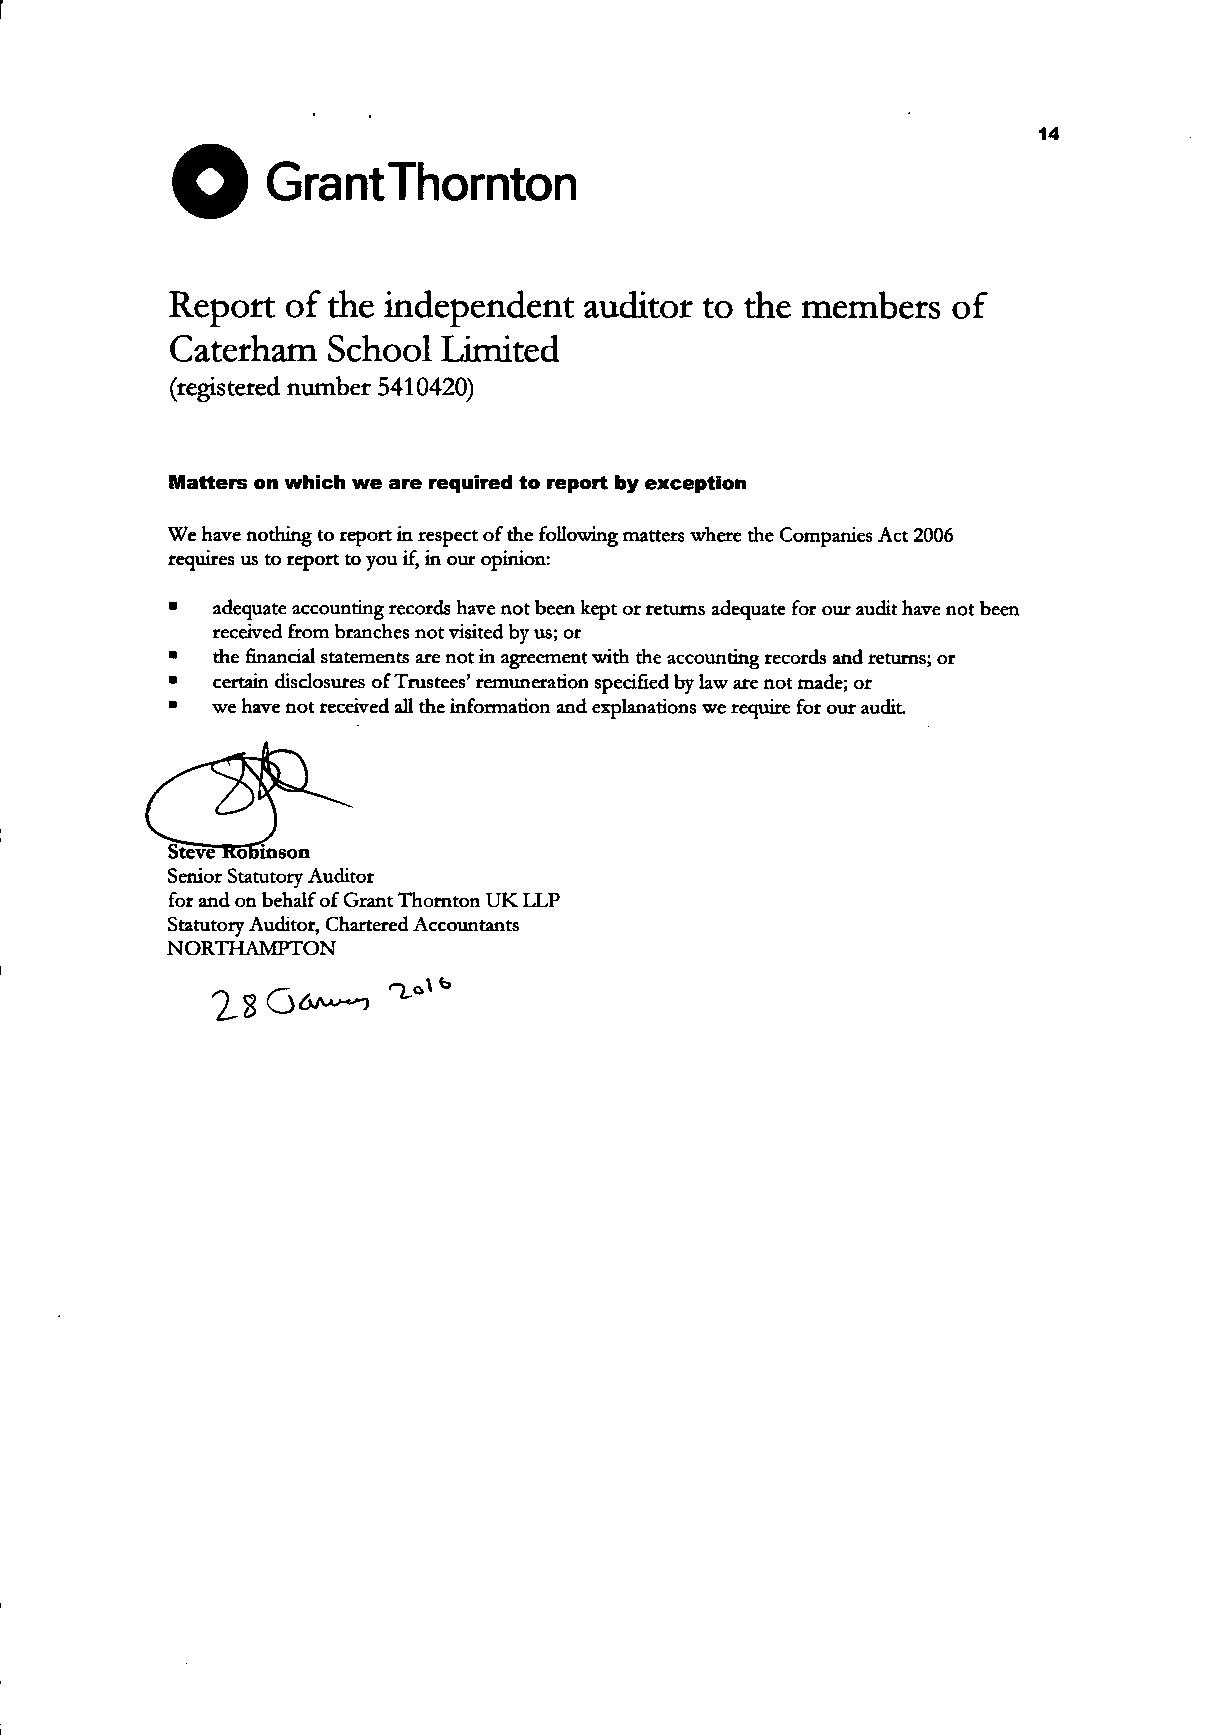
Grant   Thornton
 Report  of the independent  auditor to the members   of
 Caterham   School  Limited
 (registered number 5410420)
 Matters on which we are required to report by exception
 We have nothing to report in respect of the following matters where the Companies Act 2006
 requires us to report to you if, in our opinion:
 •  adequate accounting records have not been kept or returns adequate for our audit have not been
 received from branches not visited by us; or
 •  the financial statements are not in agreement with the accounting records and returns; or
 •  certain disclosures of Trustees' remuneration specified by law are not made; or
 •  we have not received all the information and explanations we require for our audit
 Steve Kobinson
 Senior Statutory Auditor
 for and on behalf of Grant Thornton UK LLP
 Statutory Auditor, Chartered Accountants
 NORTHAMPTON